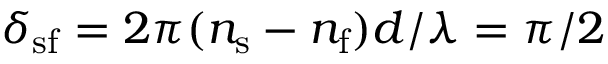
\delta _ { \mathrm { s f } } = 2 \pi ( n _ { \mathrm { s } } - n _ { \mathrm { f } } ) d / \lambda = \pi / 2